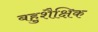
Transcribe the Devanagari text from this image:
बहुशैक्षिक